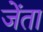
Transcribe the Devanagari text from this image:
जेंता